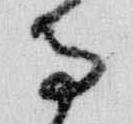
寺